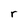
Character: r